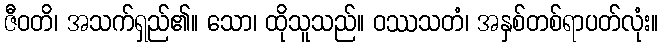
ဇီဝတိ၊ အသက်ရှည်၏။ သော၊ ထိုသူသည်။ ဝဿသတံ၊ အနှစ်တစ်ရာပတ်လုံး။